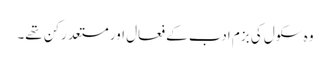
وہ سکول کی بزم ادب کے فعال اور مستعد رکن تھے۔